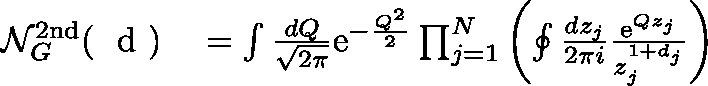
\begin{array} { r l } { \mathcal { N } _ { G } ^ { \mathrm { 2 n d } } ( \mathrm { ~ \boldmath ~ d ~ } ) } & { { } = \int \frac { d Q } { \sqrt { 2 \pi } } \mathrm { e } ^ { - \frac { Q ^ { 2 } } { 2 } } \prod _ { j = 1 } ^ { N } \left( \oint \frac { d z _ { j } } { 2 \pi i } \frac { \mathrm { e } ^ { Q z _ { j } } } { z _ { j } ^ { 1 + d _ { j } } } \right) } \end{array}